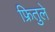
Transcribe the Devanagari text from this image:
फ्रितुले